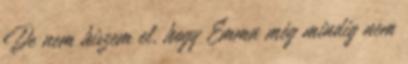
De nem hiszem el, hogy Emma még mindig nem